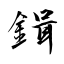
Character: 鍓